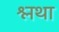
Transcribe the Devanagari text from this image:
श्लथा